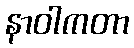
နာဝါကတာ